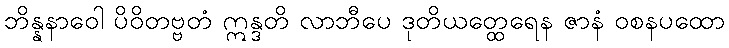
ဘိန္နနာဝေါ ပိဝိတဗ္ဗတံ ဣန္ဒတိ လာဘီပေ ဒုတိယတ္ထေရေန ဇာနံ ဝစနပထော